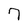
Character: 7